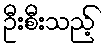
ဦးစီးသည့်